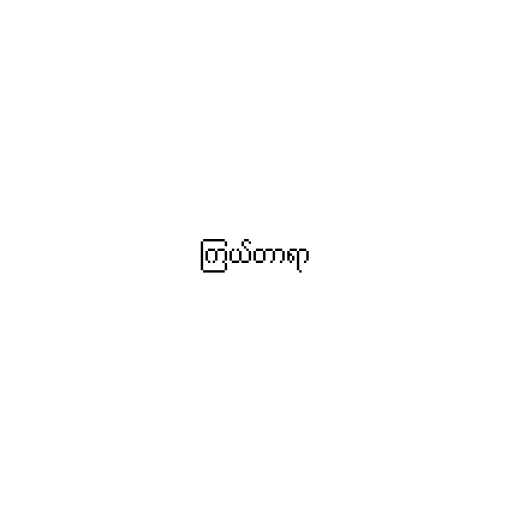
ကြယ်တာရာ